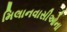
મિલાનવાસીઓના